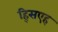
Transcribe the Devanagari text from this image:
ह्सिएह